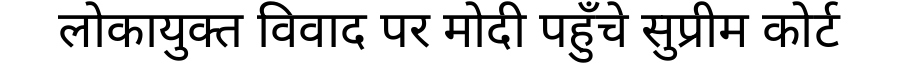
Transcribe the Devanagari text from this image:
लोकायुक्त विवाद पर मोदी पहुँचे सुप्रीम कोर्ट